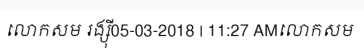
លោកសម រង្ស៊ី05-03-2018 | 11:27 AMលោកសម